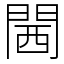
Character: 閪